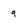
Character: 9